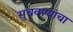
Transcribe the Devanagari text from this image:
सुचवण्यांचा